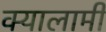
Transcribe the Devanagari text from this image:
क्यालामी